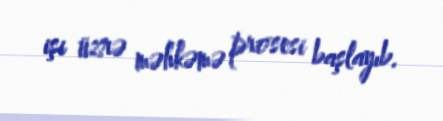
işi üzrə məhkəmə prosesi başlayıb.